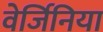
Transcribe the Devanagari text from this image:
वेर्जिनिया